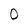
Character: 0